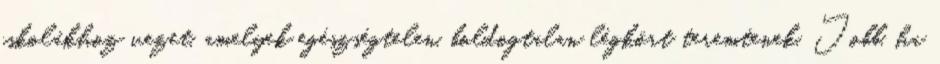
iskolákhoz vezet, amelyek egészségtelen, boldogtalan légkört teremtenek. Jobb, ha